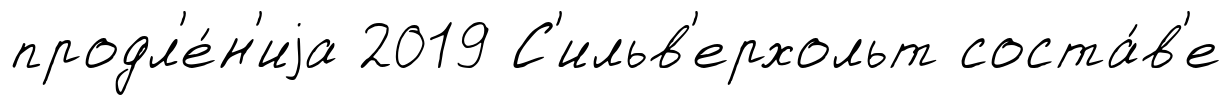
продл'е́н'иjа 2019 С'ильв'ерхольт соста́в'е